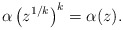
\begin{align*}\alpha\left(z^{1/k} \right)^k = \alpha(z).\end{align*}